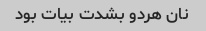
نان هردو بشدت بیات بود